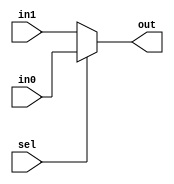
module sel(in0,in1,sel,out);
	input sel;
	input[25:0] in0,in1;
	output[25:0] out;
	reg [25:0] out;

	always @(*) begin
		if(sel) out = in0;
		else out = in1;
	end
endmodule